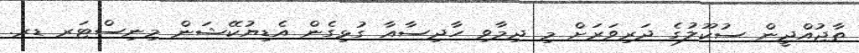
ތާޖުއްދީން ސުކޫލުގެ ދަރިވަރަށް މި ދިމާވި ހާދިސާއާ ގުޅިގެން އެޑިޔުކޭޝަން މިނިސްޓަރ ޑރ.